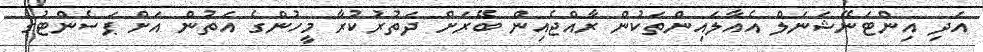
އަދި އިންޓަނޭޝަނަލް އެއާލައިންތަކުން ރާއްޖެއިން ބޭރަށް ދަތުރުކުރާ މީހުންގެ އަތުން އަށް ޕަސެންޓުގެ